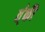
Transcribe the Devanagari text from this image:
त्॑की